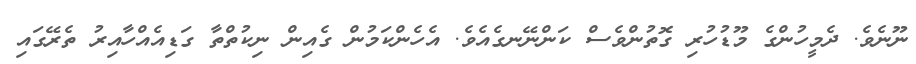
ނޫނެވެ. ދެމީހުންގެ މޫޑުހުރި ގޮތުންވެސް ކަންނޭނގެއެވެ. އެހެންކަމުން ގެއިން ނިކުތްތާ ގަޑިއެއްހާއިރު ތެރޭގައި